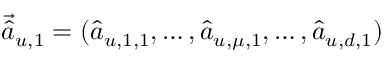
\vec { \hat { a } } _ { u , 1 } = ( \hat { a } _ { u , 1 , 1 } , \dots , \hat { a } _ { u , \mu , 1 } , \dots , \hat { a } _ { u , d , 1 } )